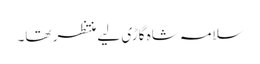
سلامہ شاہ گاڑی لیے منتظر تھا۔